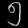
Digit: ၅